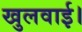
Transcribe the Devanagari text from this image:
खुलवाई।